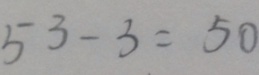
5 3 - 3 = 5 0